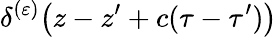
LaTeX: \delta^{(\varepsilon)}\! \left(z-z^{\prime}+c(\tau-\tau^{\prime})\right)